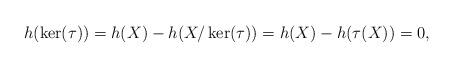
LaTeX: \begin{align*}h(\ker(\tau)) = h(X) - h(X/\ker(\tau)) = h(X) - h(\tau(X)) = 0,\end{align*}